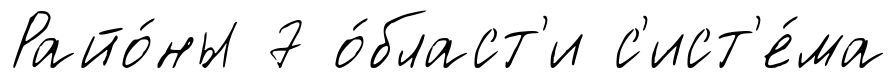
Райо́ны 7 о́бласт'и с'ист'е́ма